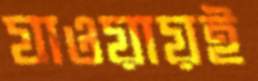
যাওয়ায়ই